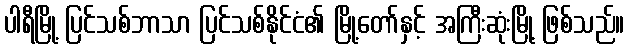
ပါရီမြို့ ပြင်သစ်ဘာသာ ပြင်သစ်နိုင်ငံ၏ မြို့တော်နှင့် အကြီးဆုံးမြို့ ဖြစ်သည်။